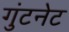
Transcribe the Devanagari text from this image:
गुंटनेट